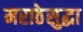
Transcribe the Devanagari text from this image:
मराठेसुद्धा